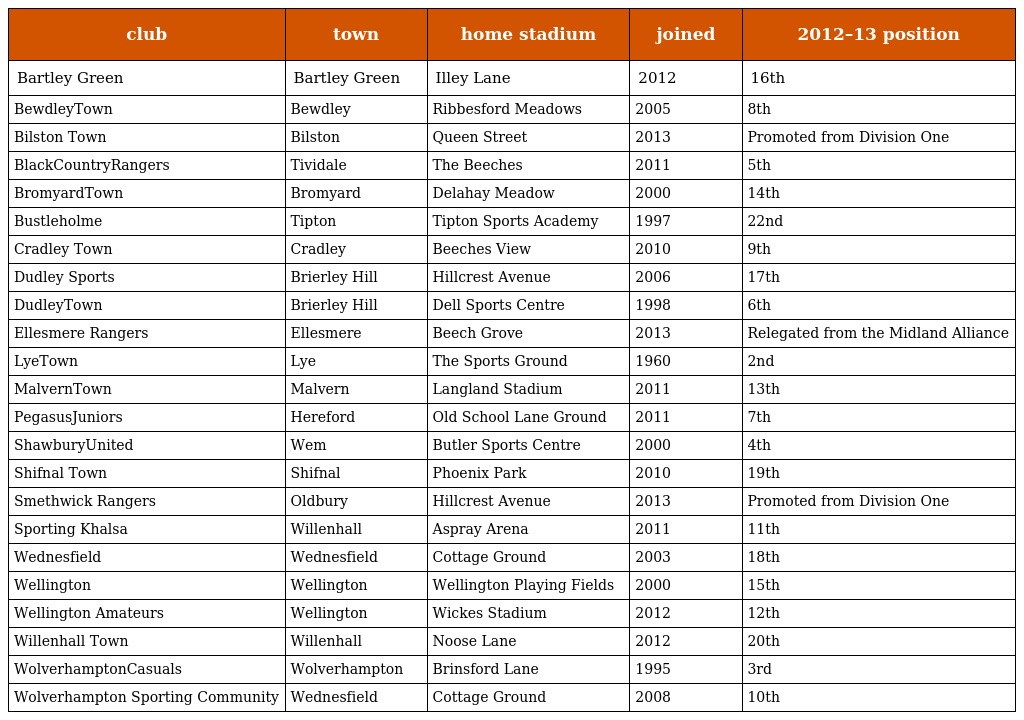
| club | town | home stadium | joined | 2012–13 position |
 | --- | --- | --- | --- | --- |
 | Bartley Green | Bartley Green | Illey Lane | 2012 | 16th |
 | BewdleyTown | Bewdley | Ribbesford Meadows | 2005 | 8th |
 | Bilston Town | Bilston | Queen Street | 2013 | Promoted from Division One |
 | BlackCountryRangers | Tividale | The Beeches | 2011 | 5th |
 | BromyardTown | Bromyard | Delahay Meadow | 2000 | 14th |
 | Bustleholme | Tipton | Tipton Sports Academy | 1997 | 22nd |
 | Cradley Town | Cradley | Beeches View | 2010 | 9th |
 | Dudley Sports | Brierley Hill | Hillcrest Avenue | 2006 | 17th |
 | DudleyTown | Brierley Hill | Dell Sports Centre | 1998 | 6th |
 | Ellesmere Rangers | Ellesmere | Beech Grove | 2013 | Relegated from the Midland Alliance |
 | LyeTown | Lye | The Sports Ground | 1960 | 2nd |
 | MalvernTown | Malvern | Langland Stadium | 2011 | 13th |
 | PegasusJuniors | Hereford | Old School Lane Ground | 2011 | 7th |
 | ShawburyUnited | Wem | Butler Sports Centre | 2000 | 4th |
 | Shifnal Town | Shifnal | Phoenix Park | 2010 | 19th |
 | Smethwick Rangers | Oldbury | Hillcrest Avenue | 2013 | Promoted from Division One |
 | Sporting Khalsa | Willenhall | Aspray Arena | 2011 | 11th |
 | Wednesfield | Wednesfield | Cottage Ground | 2003 | 18th |
 | Wellington | Wellington | Wellington Playing Fields | 2000 | 15th |
 | Wellington Amateurs | Wellington | Wickes Stadium | 2012 | 12th |
 | Willenhall Town | Willenhall | Noose Lane | 2012 | 20th |
 | WolverhamptonCasuals | Wolverhampton | Brinsford Lane | 1995 | 3rd |
 | Wolverhampton Sporting Community | Wednesfield | Cottage Ground | 2008 | 10th |